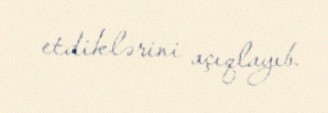
etdiklərini açıqlayıb.